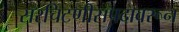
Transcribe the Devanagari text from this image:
सरचिटणीसपदावरून